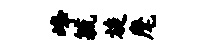
峰毓旋麾